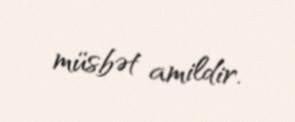
müsbət amildir.